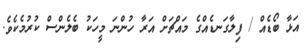
އަޅާ ބޯޑެއް / ފިލާގަނޑެއްގެ މައްޗަށް އަރާ ހުންނަ މީހަކު ބެލެންސް ކުރުމެކެވެ.